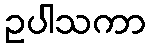
ဥပါသကာ